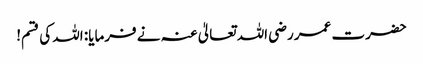
حضرت عمر رضی اللہ تعالیٰ عنہ نے فرمایا: اللہ کی قسم!